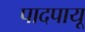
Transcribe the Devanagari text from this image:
पादपायू